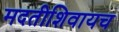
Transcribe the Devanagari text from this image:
मदतीशिवायच